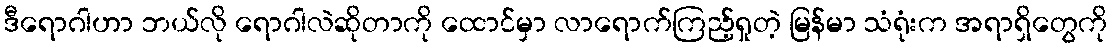
ဒီရောဂါဟာ ဘယ်လို ရောဂါလဲဆိုတာကို ထောင်မှာ လာရောက်ကြည့်ရှုတဲ့ မြန်မာ သံရုံးက အရာရှိတွေကို